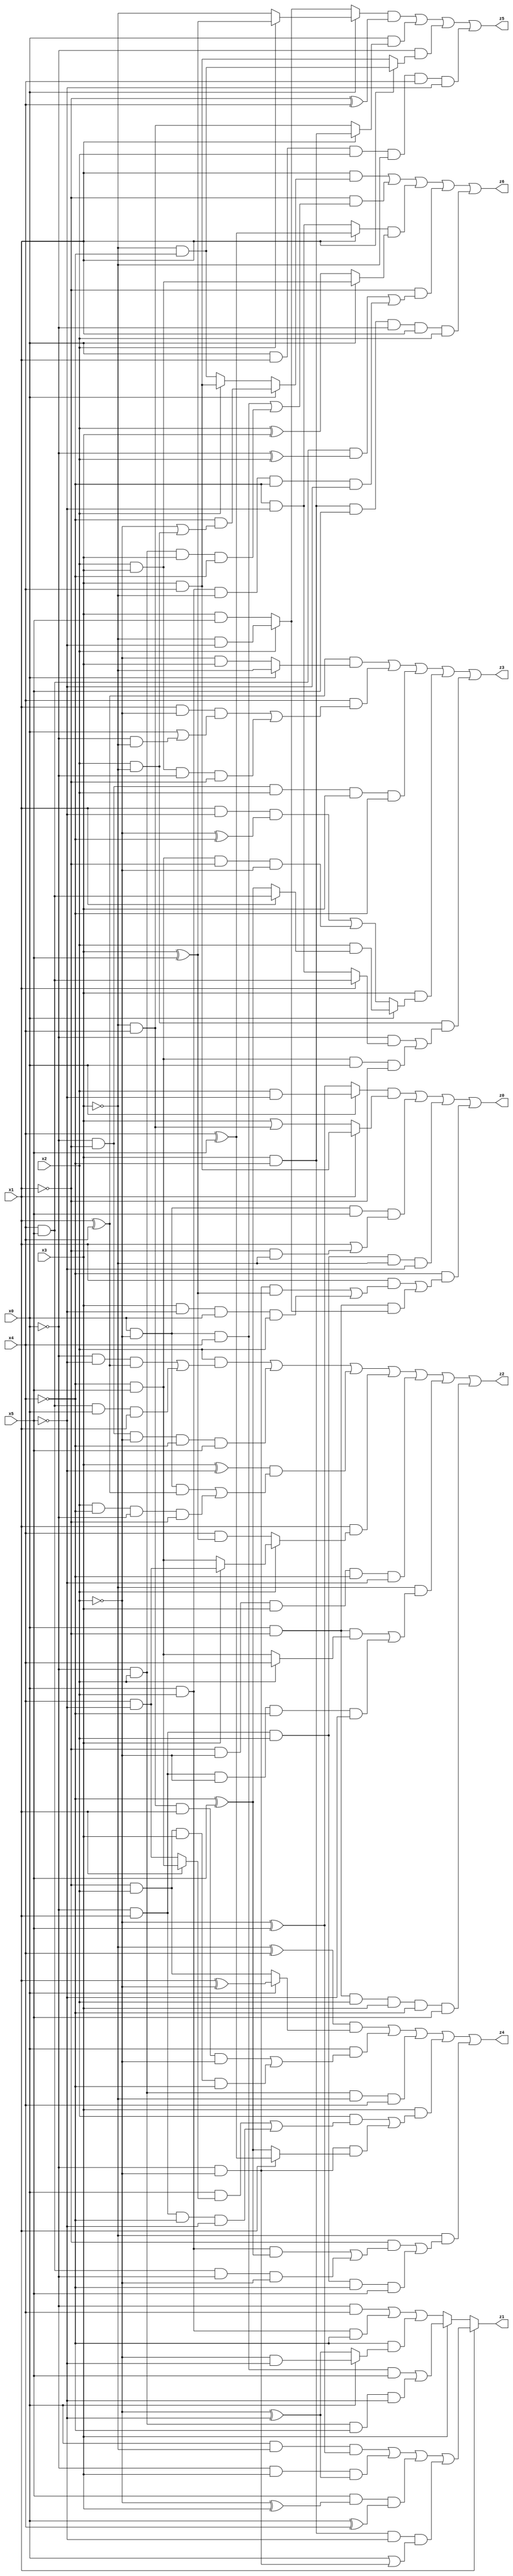
// Benchmark "X_31" written by ABC on Thu Jun 29 21:45:53 2023

module X_31 ( 
    x0, x1, x2, x3, x4, x5,
    z0, z1, z2, z3, z4, z5, z6  );
  input  x0, x1, x2, x3, x4, x5;
  output z0, z1, z2, z3, z4, z5, z6;
  assign z0 = ((x0 ? (x2 & ~x5) : (~x2 ^ x5)) & (x1 ? (x3 & x4) : (x3 | (~x3 & x4)))) | (x0 & ~x2 & x5 & (x1 | (~x1 & ~x3))) | (~x0 & x1 & x2 & ~x3 & ~x5) | (~x4 & ((x1 & ((~x0 & ~x2 & (x3 ^ x5)) | (x3 & ~x5 & x0 & x2))) | (x0 & ~x1 & (x2 ? (~x3 & ~x5) : (x3 & x5)))));
  assign z1 = x1 ? ((x0 & ~x3 & (~x2 ^ x5)) | (~x0 & x3 & (~x2 ^ ~x5)) | (x5 & (~x2 ^ x3) & (x0 ^ x4)) | (x3 & ~x4 & ~x5 & (x0 | (~x0 & ~x2)))) : (x3 ? ((x0 & ~x2 & x4 & x5) | (~x0 & x2 & ~x4 & ~x5)) : ((~x0 & x4) | (x0 & x2 & ~x4) | (~x4 & (x0 ? (~x2 & ~x5) : (~x2 ^ ~x5)))));
  assign z2 = (x2 & ((~x0 & ~x5 & (x1 ^ x4)) | (x4 & x5 & x0 & x1))) | (~x0 & ~x1 & ~x2 & ~x4 & x5) | ((x3 ^ ~x5) & ((x0 & ~x2 & (x1 ^ x4)) | (x2 & ~x4 & ~x0 & ~x1))) | (x1 & (x2 ? (x3 ? (x4 & ~x5) : (~x4 & x5)) : (x4 & (x3 ^ x5)))) | (~x1 & ~x2 & x3 & ~x4 & ~x5) | (~x3 & ((x0 & ~x1 & (x2 ? x4 : (~x4 & x5))) | (~x0 & x1 & ~x2 & ~x4 & ~x5))) | (x0 & ~x1 & x2 & x3 & ~x4 & x5);
  assign z3 = ((x1 ^ x4) & (x0 ? ~x3 : (~x2 & x3))) | (x4 & ((x1 & ~x2 & (x0 | (~x0 & ~x3))) | (x2 & x3 & ~x0 & ~x1))) | (~x0 & ~x1 & x2 & x3 & ~x4) | (x3 & (x0 ? (x2 & (x1 ? (x4 & x5) : (~x4 ^ x5))) : ((x1 & ~x5 & (~x2 ^ ~x4)) | (~x4 & x5 & ~x1 & ~x2)))) | (x2 & ~x3 & ((~x0 & (x1 ? (x4 & x5) : (~x4 & ~x5))) | (~x4 & x5 & x0 & ~x1)));
  assign z4 = ((~x3 ^ x4) & (x0 ? (x1 ^ ~x2) : (~x1 & x2))) | (x0 & ((~x3 & x4 & x1 & ~x2) | (~x1 & x2 & x3 & ~x4))) | (~x0 & x2 & ~x3 & x4) | (x3 & ((x2 & ((x0 & (x1 ? (~x4 & x5) : (x4 & ~x5))) | (~x0 & x1 & ~x4 & ~x5))) | (~x0 & ~x2 & (x1 ? (x4 ^ x5) : (~x4 ^ x5))))) | (~x3 & ((~x1 & ((x0 & x2 & (~x4 ^ x5)) | (x4 & x5 & ~x0 & ~x2))) | (~x0 & x1 & x2 & ~x4 & x5)));
  assign z5 = ((x0 ? (x2 ? (x3 ^ x5) : ~x3) : (x2 ? (~x3 & ~x5) : (x3 & x5))) & (~x1 ^ x4)) | (x0 & (x1 ? (x3 & ~x4) : (~x3 & x4))) | (~x0 & (x1 ? (~x3 & ~x4) : (x3 & x4))) | (x0 & x1 & x2 & ~x3 & x4 & ~x5);
  assign z6 = (x1 & (x0 ? (~x4 & (~x2 | (x2 & ~x3))) : (x2 ? (x3 & x4) : (~x3 & ~x4)))) | (~x1 & ((x0 & ~x2 & x4) | (~x0 & x2 & x3 & ~x4))) | ((x1 ? (x4 ^ x5) : (~x4 & ~x5)) & (x0 ? (x2 & x3) : (x2 ^ x3))) | (~x1 & ((x4 & x5 & (~x0 ^ x2)) | (x0 & x2 & ~x3 & ~x4 & ~x5))) | (x3 & ~x4 & x5 & ~x0 & x1 & x2);
endmodule